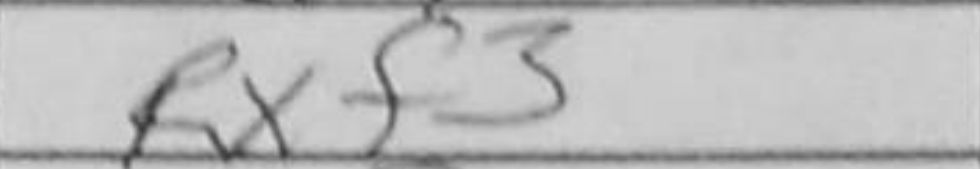
Transcription: Rxf3